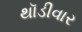
થૉડીવાર